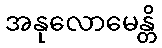
အနုလောမေန္တိ